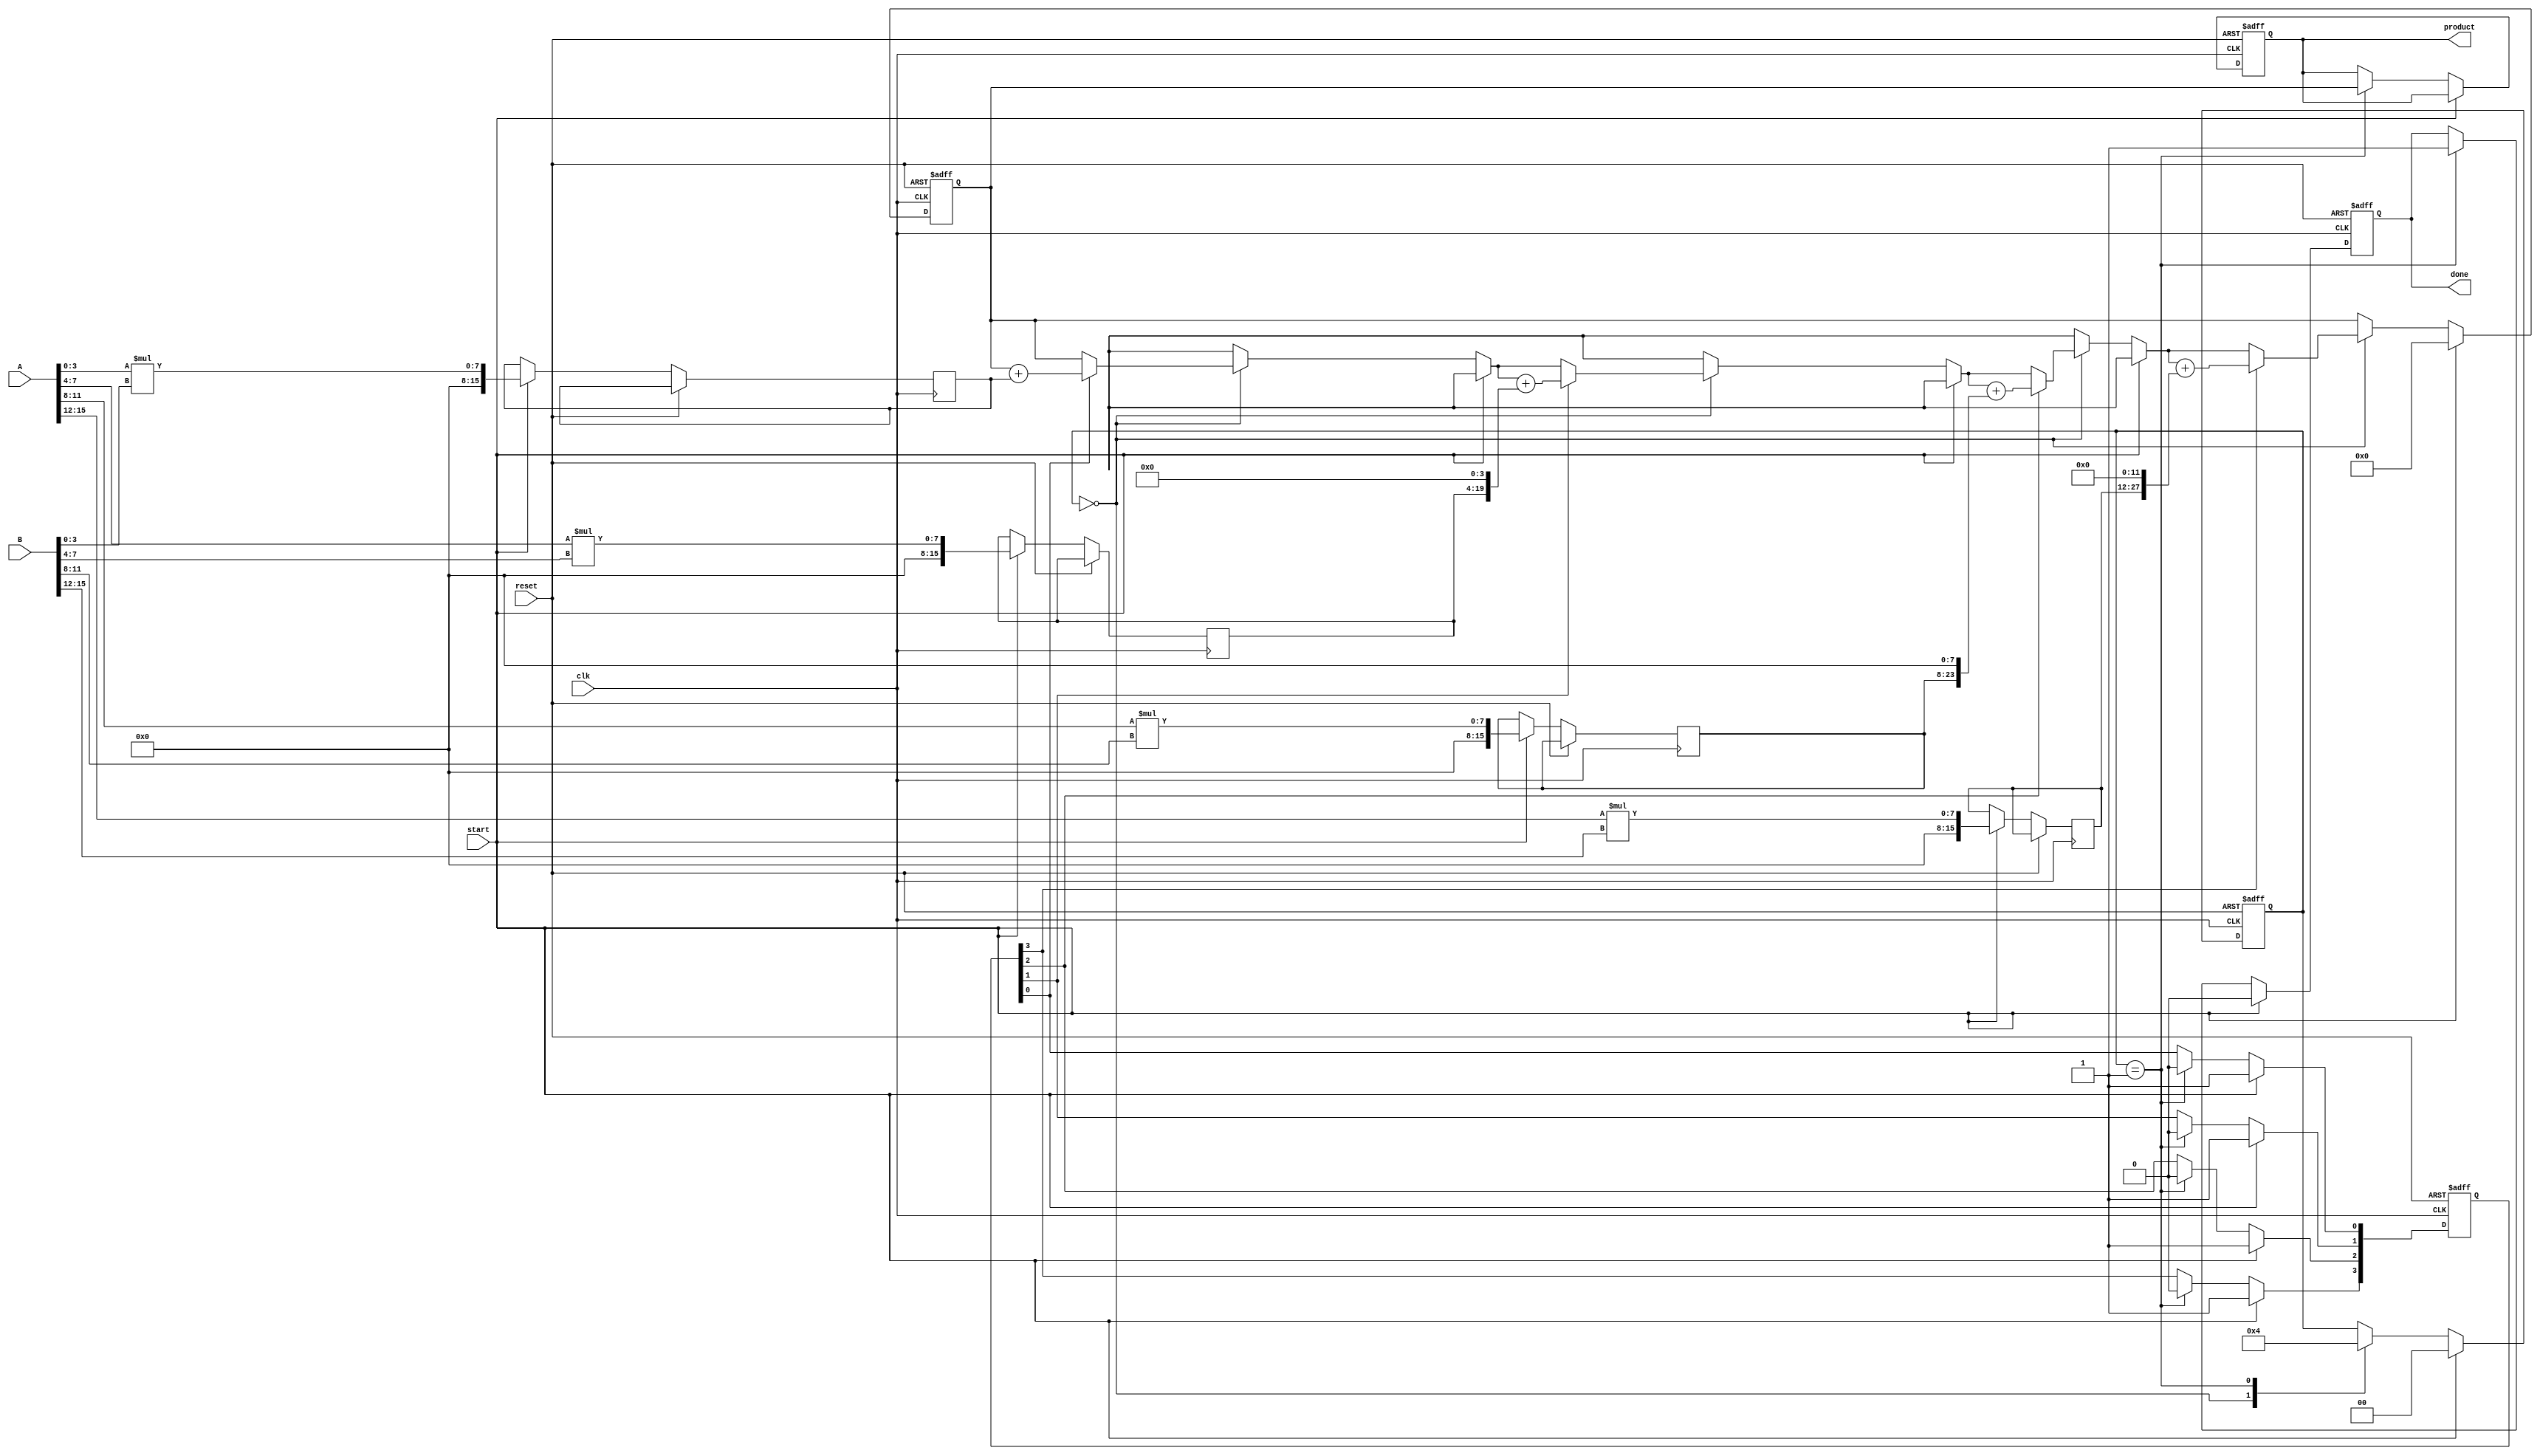
module pipelined_sliced_multiplier #(
    parameter WIDTH = 16,      // Width of input operands
    parameter SLICE_WIDTH = 4  // Width of individual slices
)(
    input  wire clk,           // Clock signal
    input  wire reset,         // Reset signal
    input  wire [WIDTH-1:0] A, // First operand
    input  wire [WIDTH-1:0] B, // Second operand
    input  wire start,         // Start signal for multiplication
    output reg [2*WIDTH-1:0] product, // Product output
    output reg done            // Done signal
);

    localparam NUM_SLICES = WIDTH / SLICE_WIDTH;

    reg [WIDTH-1:0] partial_products[0:NUM_SLICES-1];
    reg [WIDTH-1:0] A_slices[0:NUM_SLICES-1];
    reg [WIDTH-1:0] B_slices[0:NUM_SLICES-1];
    reg [1:0] stage; // Pipelined stage tracking
    
    // Pipelining registers
    reg [NUM_SLICES-1:0] valid; // Valid flag for slices
    reg [2*WIDTH-1:0] temp_product; // Temporary product for accumulation
    integer i;

    // Logic to slice the operands
    always @(*) begin
        for (i = 0; i < NUM_SLICES; i = i + 1) begin
            A_slices[i] = A[(i+1)*SLICE_WIDTH-1 -: SLICE_WIDTH];
            B_slices[i] = B[(i+1)*SLICE_WIDTH-1 -: SLICE_WIDTH];
        end
    end

    // Main processing block
    always @(posedge clk or posedge reset) begin
        if (reset) begin
            stage <= 0;
            product <= 0;
            done <= 0;
            temp_product <= 0;
            valid <= 0;
        end else if (start) begin
            // Reset and start processing slices
            for (i = 0; i < NUM_SLICES; i = i + 1) begin
                valid[i] <= 1;
                partial_products[i] <= A_slices[i] * B_slices[i];
            end
            stage <= 0;
            temp_product <= 0;
            done <= 0;
        end else begin
            // Pipeline processing
            case (stage)
                0: begin
                    // Adding partial products
                    for (i = 0; i < NUM_SLICES; i = i + 1) begin
                        if (valid[i]) begin
                            temp_product = temp_product + (partial_products[i] << (i * SLICE_WIDTH));
                        end
                    end
                    stage <= 1; // Move to the next stage
                end
                1: begin
                    // Store and signal completion
                    product <= temp_product;
                    done <= 1; // Indicate the multiplication is done
                    valid <= 0; // Reset valid flags
                    stage <= 0; // Prepare for the next operation
                end
            endcase
        end
    end

endmodule